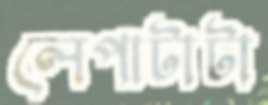
লেপাটাটা